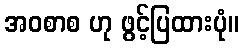
အဝစာစ ဟု ဖွင့်ပြထားပုံ။